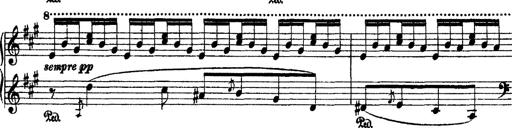
Title: 2 KonzertetÃ¼den
Composer: Franz Liszt